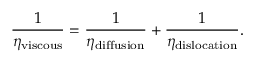
\frac { 1 } { \eta _ { \mathrm { v i s c o u s } } } = \frac { 1 } { \eta _ { \mathrm { d i f f u s i o n } } } + \frac { 1 } { \eta _ { \mathrm { d i s l o c a t i o n } } } .